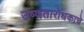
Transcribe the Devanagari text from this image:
उष्णतारोधकाचे